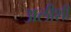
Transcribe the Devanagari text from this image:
अलीशी